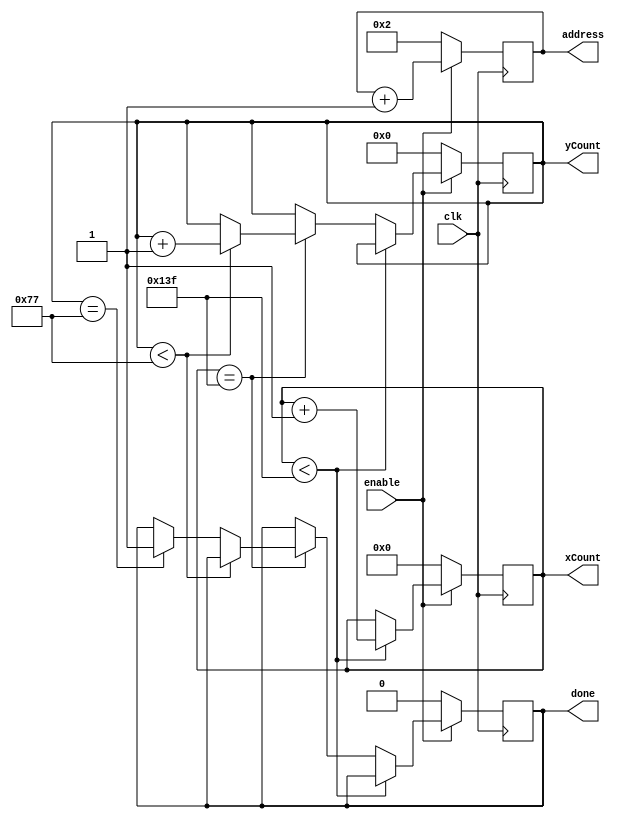
module draw_board (clk, enable, xCount, yCount, address, done); 
 	/* Draws out invader and sends appropriate (x,y) position of each pixel*/ 
 
 	input clk, enable; 
 	output reg [9:0]xCount; 
 	output reg [8:0]yCount; 
	output reg [15:0]address;
// 	output reg [11:0]address; 
 	output reg done; 
 	 
 	initial begin 
 	xCount = 0; 
 	yCount = 0; 
 	address = 2; 
 	end	 
 	 
 	always @ (posedge clk) 
 	begin 
 	if (enable) begin 
 		if (xCount < 10'd319) 
 				xCount <= xCount +1; 
 		else if (xCount==10'd319) begin 
 			if (yCount<9'd119) begin 
 				//xCount<=0; 
 				yCount<=yCount+1; 
 				end 
 			else if (yCount==9'd119) done<=1; 
 			end 
 		address <= address+16'b1; 
 		end 
 	else begin  
 		done <= 0;  
 		address <= 2; 
		xCount = 0; 
 		yCount = 0; 
 		end 
 	end 

 endmodule